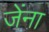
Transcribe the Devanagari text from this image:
जेंना